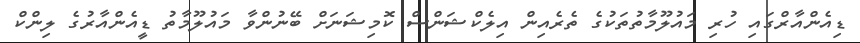
ޑިއެންއާރްގައި ހުރި މައުލޫމާތުތަކުގެ ތެރެއިން އިލެކްޝަންސް ކޮމިޝަނަށް ބޭނުންވާ މައުލޫމާތު ޑީއެންއާރުގެ ލިންކް